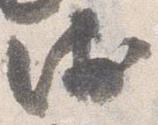
衛